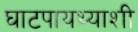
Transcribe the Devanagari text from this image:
घाटपायथ्याशी